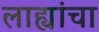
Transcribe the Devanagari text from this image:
लाह्यांचा